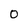
Character: 0